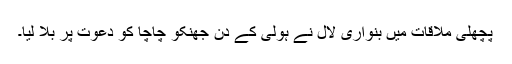
پچھلی ملاقات میں بنواری لال نے ہولی کے دن جھنکو چاچا کو دعوت پر بلا لیا۔